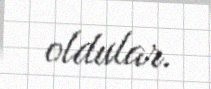
oldular.